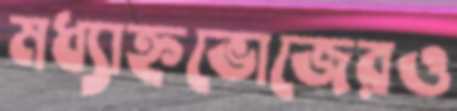
মধ্যাহ্নভোজেরও